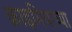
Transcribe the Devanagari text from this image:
क्राइमियाच्या